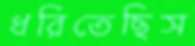
ধরিতেছিস